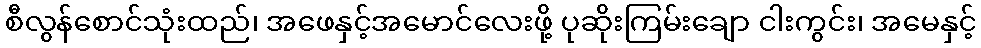
စီလွန်စောင်သုံးထည်၊ အဖေနှင့်အမောင်လေးဖို့ ပုဆိုးကြမ်းချော ငါးကွင်း၊ အမေနှင့်